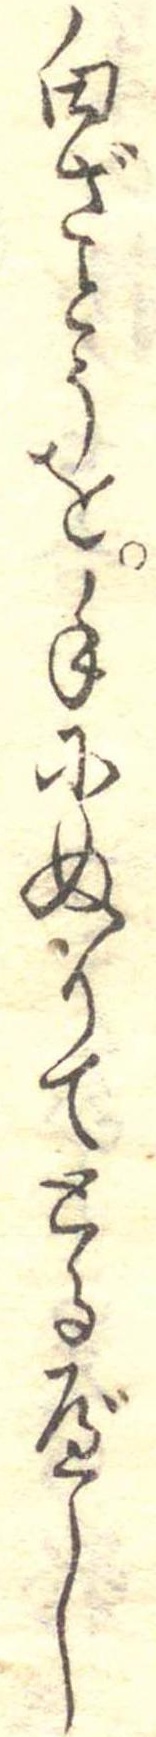
白ざとうを手にぬりてとるべし